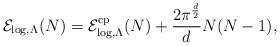
LaTeX: \begin{align*} \mathcal{E}_{\log,\Lambda} (N)= \mathcal{E}_{\log,\Lambda}^{\rm cp}(N)+\frac{2\pi^{\frac{d}{2}}}{d}N(N-1), \end{align*}